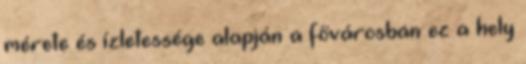
mérete és ízletessége alapján a fővárosban ez a hely